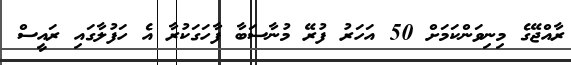
ރާއްޖޭގެ މިނިވަންކަމަށް 50 އަހަރު ފުރޭ މުނާސަބާ ފާހަގަކުރާ އެ ހަފުލާގައި ރައީސް